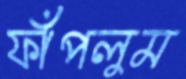
ফাঁপলুম